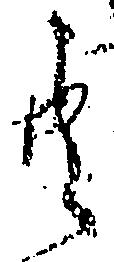
共